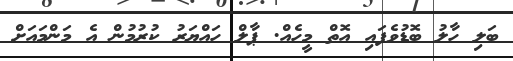
ބަލި ހާލު ބޮޑުވެފައި އޮތް މީހެއް. ޕާލް ހައްޔަރު ކުރުމުން އެ މަންމައަށް